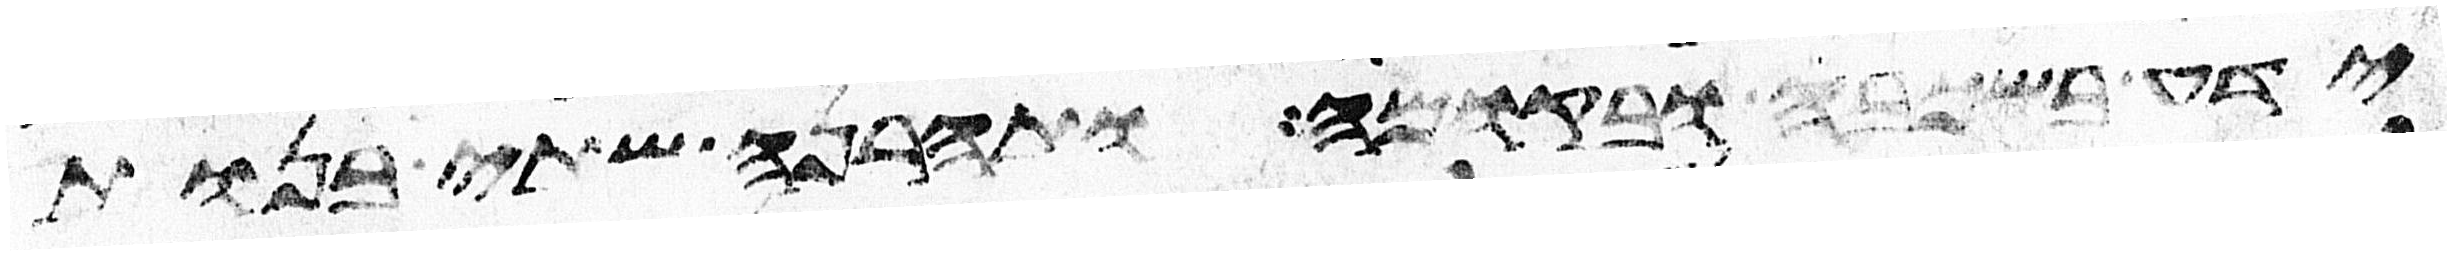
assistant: ידע בשכבה ובקומה ותהרנה שתי בנות